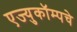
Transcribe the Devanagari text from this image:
एज्युकॉम्पचे